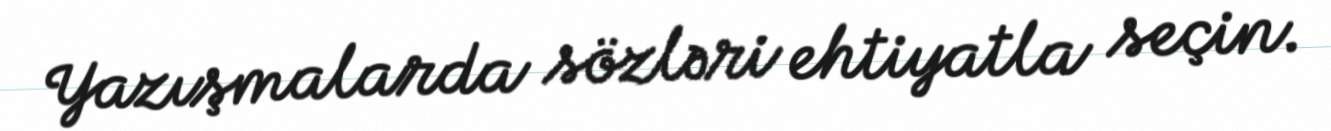
Yazışmalarda sözləri ehtiyatla seçin.